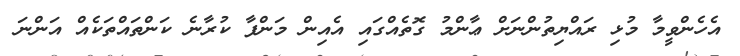
އެހެންވީމާ މުޅި ރައްޔިތުންނަށް ޢާންމު ގޮތެއްގައި އެއިން މަންފާ ކުރާނެ ކަންތައްތަކެއް އަންނަ